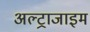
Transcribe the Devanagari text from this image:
अल्ट्राजाइम